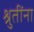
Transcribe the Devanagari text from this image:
श्रुतींना